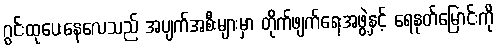
ဂွင်းထုပေးနေလေသည် အပျက်အစီးများမှာ တိုက်ဖျက်ရေးအဖွဲ့နှင့် ရေနုတ်မြောင်းကို